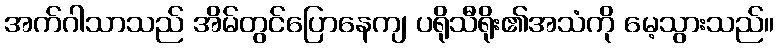
အက်ဂါသာသည် အိမ်တွင်ပြောနေကျ ပရိုသီရိုး၏အသံကို မေ့သွားသည်။